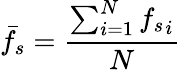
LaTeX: \bar{f_{s}}=\frac{\sum_{i=1}^{N}{f_{s}}_{i}}{N}